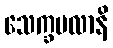
သေက္ခဗလာနိ